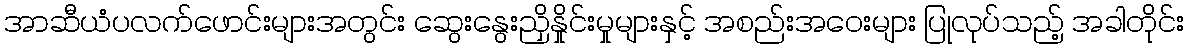
အာဆီယံပလက်ဖောင်းများအတွင်း ဆွေးနွေးညှိနှိုင်းမှုများနှင့် အစည်းအဝေးများ ပြုလုပ်သည့် အခါတိုင်း